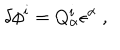
LaTeX: \delta \phi ^ { i } = Q _ { \alpha } ^ { i } \epsilon ^ { \alpha } \ ,